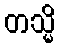
တသ္မိ